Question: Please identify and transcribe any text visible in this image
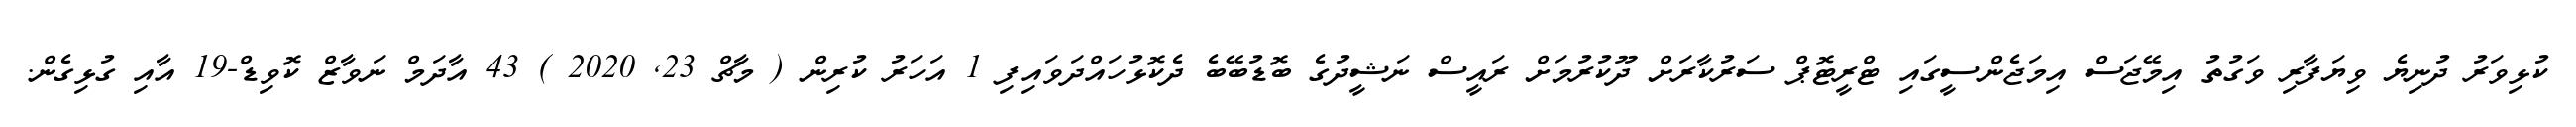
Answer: ކުޅިވަރު ދުނިޔެ ވިޔަފާރި ވަގުތު އިމޭޖަސް އިމަޖެންސީގައި ޓްރީޓޮޕް ސަރުކާރަށް ދޫކުރުމަށް ރައީސް ނަޝީދުގެ ބޮޑުބޭބެ ދެކޮޅުހައްދަވައިފި 1 އަހަރު ކުރިން ( މާޗް 23, 2020 ) 43 އާދަމް ނަވާޒް ކޮވިޑް-19 އާއި ގުޅިގެން.